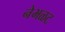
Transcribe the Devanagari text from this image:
नेभळट